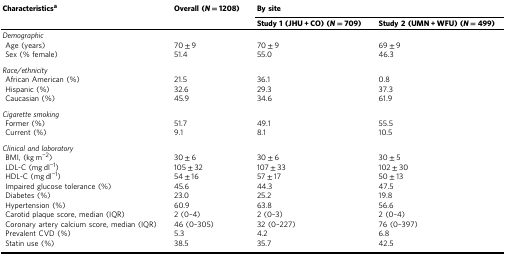
<table><thead><tr><td><b>Characteristics<sup>a</sup></b></td><td><b>Overall (<i>N</i> = 1208)</b></td><td colspan="2"><b>By site</b></td></tr><tr><td></td><td></td><td><b>Study 1 (JHU + CO) (<i>N</i> = 709)</b></td><td><b>Study 2 (UMN + WFU) (<i>N</i> = 499)</b></td></tr></thead><tbody><tr><td colspan="4"><i>Demographic</i></td></tr><tr><td> Age (years)</td><td>70 ± 9</td><td>70 ± 9</td><td>69 ± 9</td></tr><tr><td> Sex (% female)</td><td>51.4</td><td>55.0</td><td>46.3</td></tr><tr><td colspan="4"><i>Race/ethnicity</i></td></tr><tr><td> African American (%)</td><td>21.5</td><td>36.1</td><td>0.8</td></tr><tr><td> Hispanic (%)</td><td>32.6</td><td>29.3</td><td>37.3</td></tr><tr><td> Caucasian (%)</td><td>45.9</td><td>34.6</td><td>61.9</td></tr><tr><td colspan="4"><i>Cigarette smoking</i></td></tr><tr><td> Former (%)</td><td>51.7</td><td>49.1</td><td>55.5</td></tr><tr><td> Current (%)</td><td>9.1</td><td>8.1</td><td>10.5</td></tr><tr><td colspan="4"><i>Clinical and laboratory</i></td></tr><tr><td> BMI, (kg m<sup>−2</sup>)</td><td>30 ± 6</td><td>30 ± 6</td><td>30 ± 5</td></tr><tr><td> LDL-C (mg dl<sup>−1</sup>)</td><td>105 ± 32</td><td>107 ± 33</td><td>102 ± 30</td></tr><tr><td> HDL-C (mg dl<sup>−1</sup>)</td><td>54 ± 16</td><td>57 ± 17</td><td>50 ± 13</td></tr><tr><td> Impaired glucose tolerance (%)</td><td>45.6</td><td>44.3</td><td>47.5</td></tr><tr><td> Diabetes (%)</td><td>23.0</td><td>25.2</td><td>19.8</td></tr><tr><td> Hypertension (%)</td><td>60.9</td><td>63.8</td><td>56.6</td></tr><tr><td> Carotid plaque score, median (IQR)</td><td>2 (0–4)</td><td>2 (0–3)</td><td>2 (0–4)</td></tr><tr><td> Coronary artery calcium score, median (IQR)</td><td>46 (0–305)</td><td>32 (0–227)</td><td>76 (0–397)</td></tr><tr><td> Prevalent CVD (%)</td><td>5.3</td><td>4.2</td><td>6.8</td></tr><tr><td> Statin use (%)</td><td>38.5</td><td>35.7</td><td>42.5</td></tr></tbody></table>